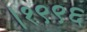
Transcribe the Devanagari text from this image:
।१९९६